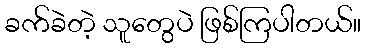
ခက်ခဲတဲ့ သူတွေပဲ ဖြစ်ကြပါတယ်။